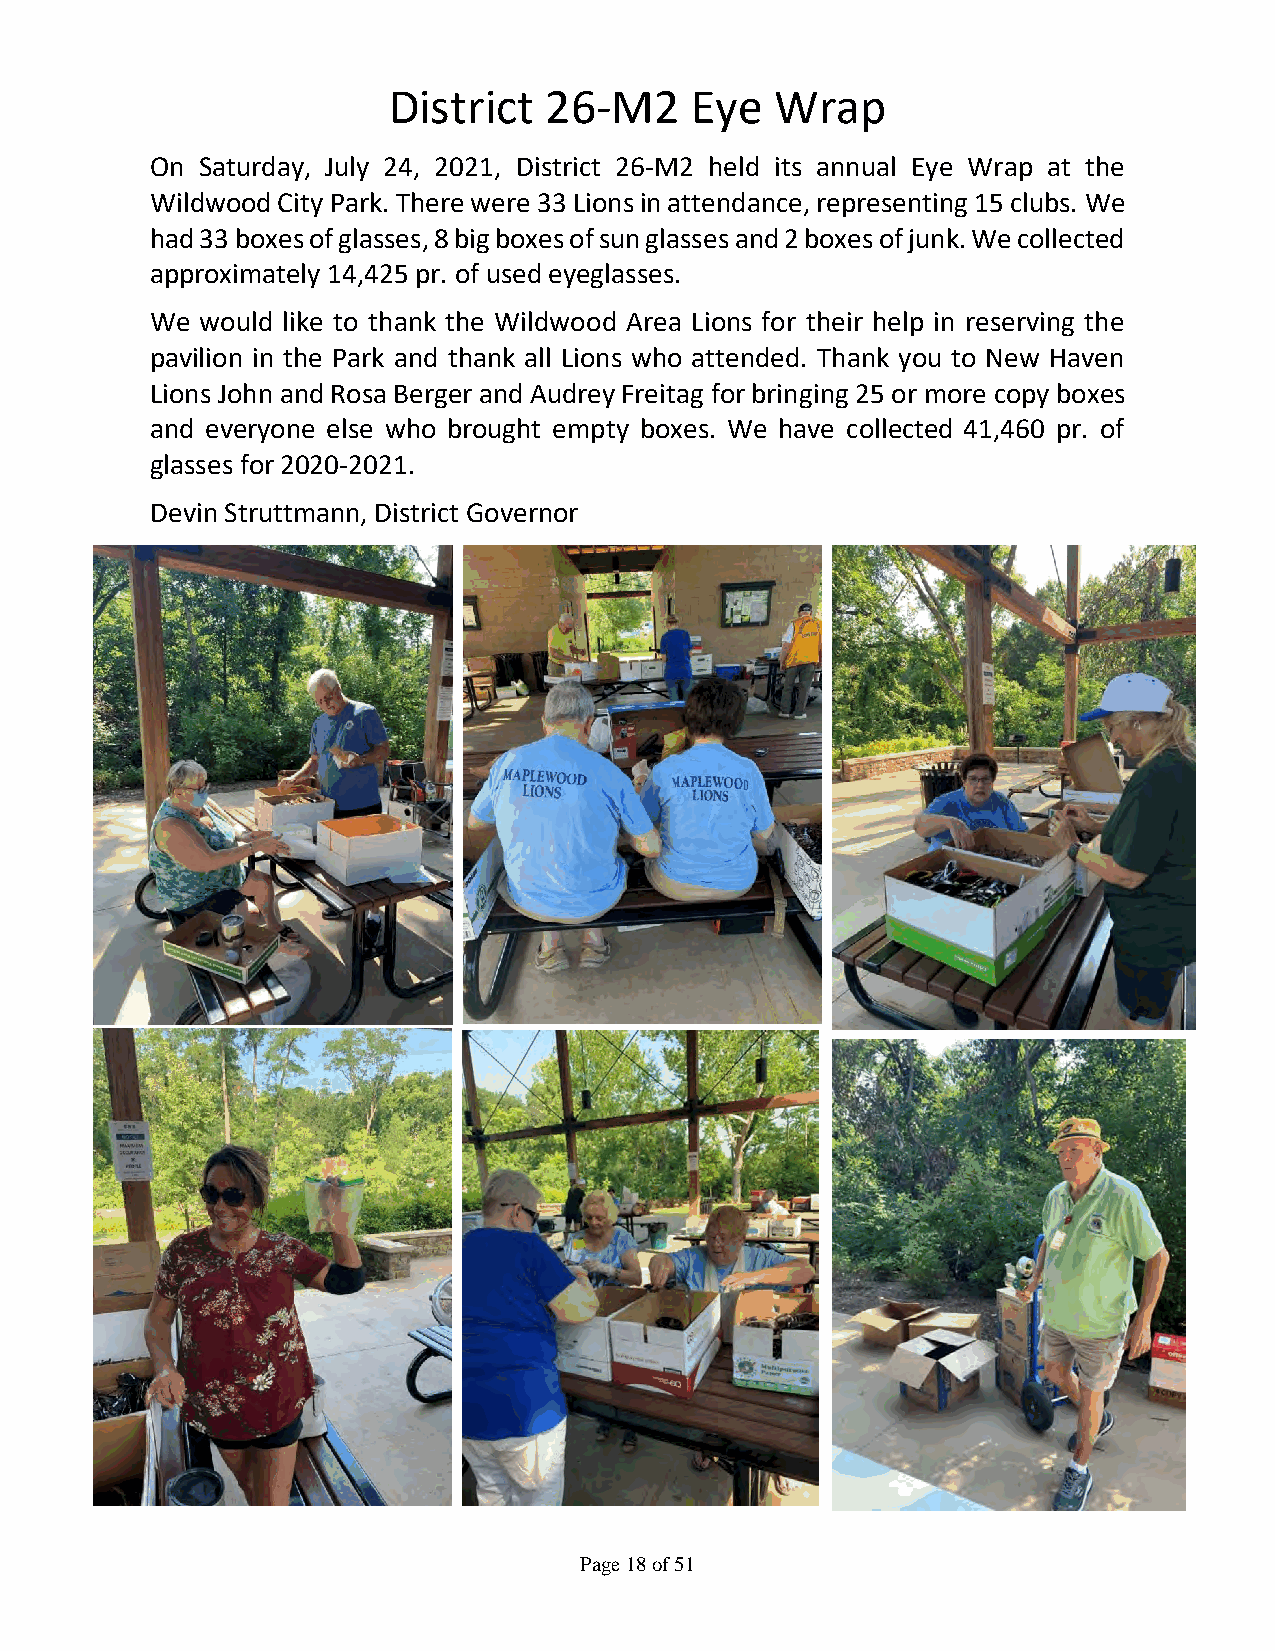
District  26-M2     Eye  Wrap
 On Saturday, July 24, 2021, District 26-M2 held its annual Eye Wrap at the
 Wildwood City Park. There were 33 Lions in attendance, representing 15 clubs. We
 had 33 boxes of glasses, 8 big boxes of sun glasses and 2 boxes of junk. We collected
 approximately 14,425 pr. of used eyeglasses.
 We would like to thank the Wildwood Area Lions for their help in reserving the
 pavilion in the Park and thank all Lions who attended. Thank you to New Haven
 Lions John and Rosa Berger and Audrey Freitag for bringing 25 or more copy boxes
 and everyone else who brought empty boxes. We have collected 41,460 pr. of
 glasses for 2020-2021.
 Devin Struttmann, District Governor
 Page 18 of 51